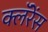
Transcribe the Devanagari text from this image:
क्लॅरेंस